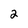
Character: 2